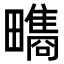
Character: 𤳬